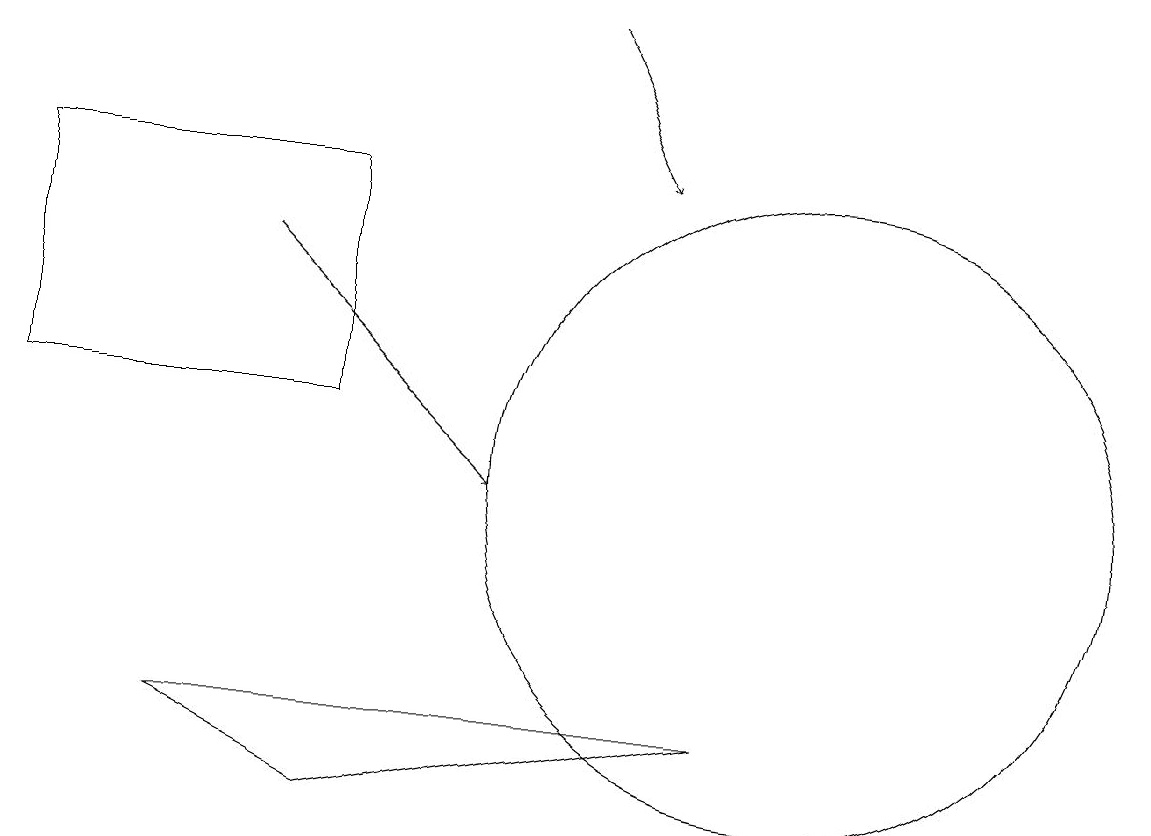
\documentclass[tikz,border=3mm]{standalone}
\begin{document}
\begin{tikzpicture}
\draw[->] (3,14) -- (6,11);
\draw (4,7) -- (2,8) -- (9,8) -- cycle;
\draw[->] (7,17) -- (8,15);
\draw (10,11) circle (4);
\draw (0,12) rectangle (4,15);
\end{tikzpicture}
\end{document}